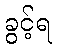
ခွင့်ရ